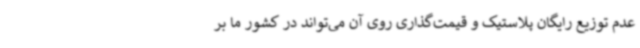
عدم توزیع رایگان پلاستیک و قیمت‌گذاری روی آن می‌تواند در کشور ما بر